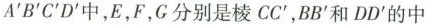
A^{\prime}B^{\prime}C^{\prime}D^{\prime}中，E，F，C分别是棱CC^{\prime}，BB^{\prime}和DD^{\prime}的中